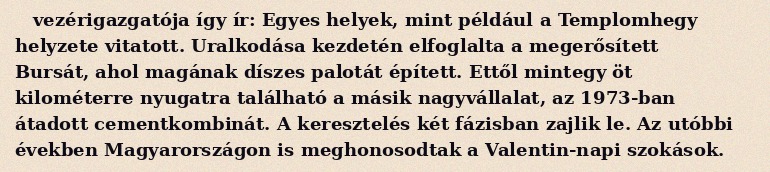
vezérigazgatója így ír: Egyes helyek, mint például a Templomhegy helyzete vitatott. Uralkodása kezdetén elfoglalta a megerősített Bursát, ahol magának díszes palotát épített. Ettől mintegy öt kilométerre nyugatra található a másik nagyvállalat, az 1973-ban átadott cementkombinát. A keresztelés két fázisban zajlik le. Az utóbbi években Magyarországon is meghonosodtak a Valentin-napi szokások.